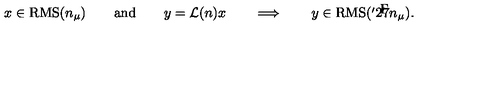
x \in \mathrm { R M S } ( n _ { \mu } ) \qquad \mathrm { a n d } \qquad y = { \cal L } ( n ) x \qquad \Longrightarrow \qquad y \in \mathrm { R M S } ( { \mathaccent ^ { \prime } 2 7 n } _ { \mu } ) .